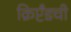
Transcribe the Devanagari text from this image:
क्रिप्टँडची